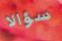
سؤالا